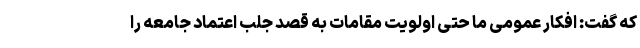
که گفت: افکار عمومی ما حتی اولویت مقامات به قصد جلب اعتماد جامعه را